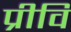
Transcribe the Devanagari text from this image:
प्रीवि